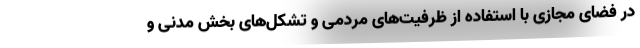
در فضای مجازی با استفاده از ظرفیت‌های مردمی و تشکل‌های بخش مدنی و